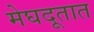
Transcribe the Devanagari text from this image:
मेघदूतात